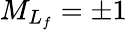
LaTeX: {M}_{L_{f}}=\pm 1